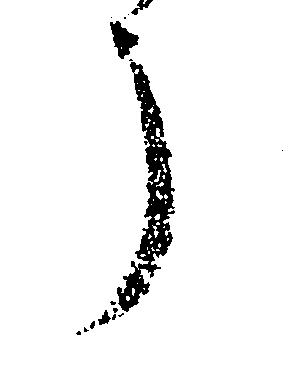
う